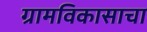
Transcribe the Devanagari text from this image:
ग्रामविकासाचा